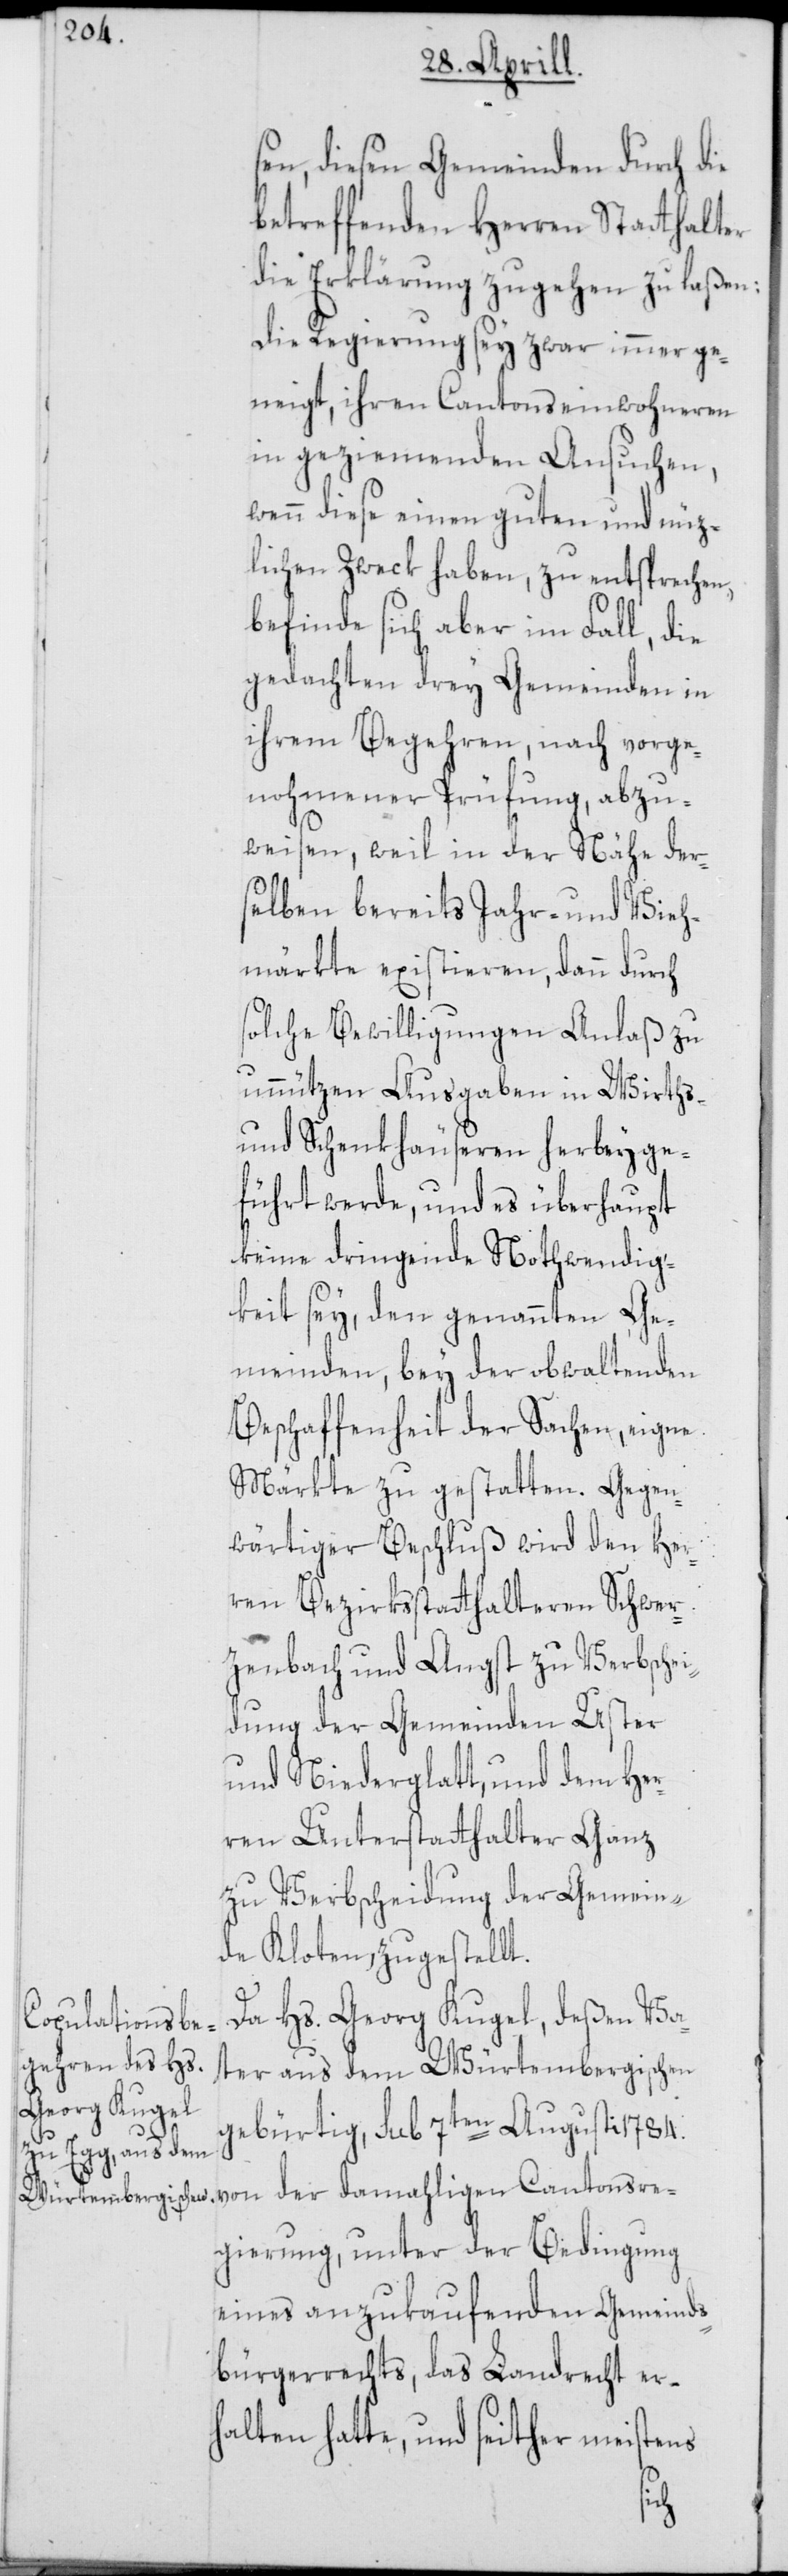
sen, diesen Gemeinden durch die
betreffenden Herren Statthalter
die Erklärung zugehen zu laßen:
Die Regierung sey zwar immer ge¬
neigt, ihren Cantonseinwohneren
in geziemenden Ansuchen,
wenn diese einen guten und nüz¬
lichen Zweck haben, zu entsprechen,
befinde sich aber im Fall, die
gedachten drey Gemeinden in
ihrem Begehren, nach vorge¬
nohmener Prüfung, abzu¬
weisen, weil in der Nähe der¬
selben bereits Jahr- und Vieh¬
märkte existieren, dann durch
solche Bewilligungen Anlaß zu
unnützen Ausgaben in Wirths-
und Schenkhäuseren herbeyge¬
führt werde, und es überhaupt
keine dringende Nothwendig¬
keit sey, den genannten Ge¬
meinden, bey der obwaltenden
Beschaffenheit der Sachen, eigne
Märkte zu gestatten. Gegen¬
wärtiger Beschluß wird den Her¬
ren Bezirksstatthalteren Schwer¬
zenbach und Angst zu Verbschei¬
dung der Gemeinden Uster
und Niederglatt, und dem Her¬
ren Unterstatthalter Ganz
zu Verbscheidung der Gemein¬
de Kloten, zugestellt.
Da Hs. Georg Kugel, deßen Va¬
ter aus dem Würtembergischen
Cantonsre¬
gebürtig, sub 7ten Augusti 1784.
gierung, unter der Bedingung
eines anzukaufenden Gemeinds¬
bürgerrechts, das Landrecht er¬
halten hatte, und seither meistens